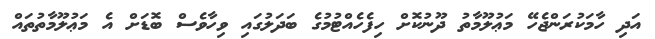
އަދި ހާމަކުރަންޖެހޭ މަޢުލޫމާތު ދޫނުކޮށް ހިފެހެއްޓުމުގެ ބަދަލުގައި ވިހާވެސް ބޮޑަށް އެ މަޢުލޫމާތުތައް